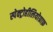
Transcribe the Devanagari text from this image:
स्पेक्ट्रोहीलियोग्राफ़